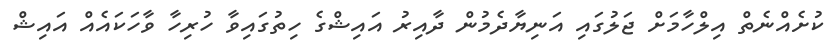
ކުށެއްނެތް އިލްހާމަށް ޖަލުގައި އަނިޔާދެމުން ދާއިރު އައިޝްގެ ހިތުގައިވާ ހުރިހާ ވާހަކައެއް އައިޝް